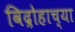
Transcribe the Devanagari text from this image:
विद्रोहाच्या